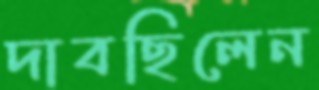
দাবছিলেন